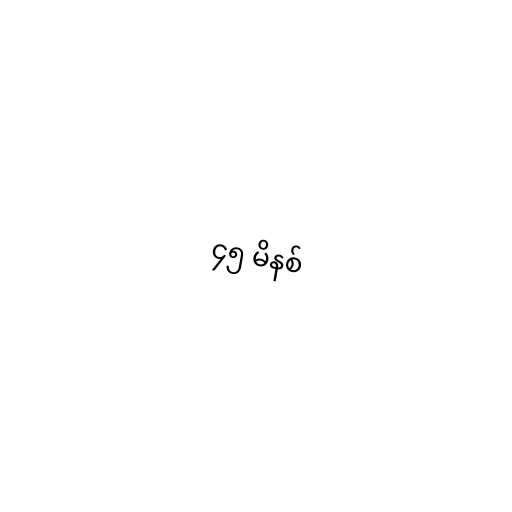
၄၅ မိနစ်